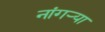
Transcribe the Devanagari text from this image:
नांगर्‍या